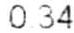
0.34